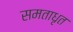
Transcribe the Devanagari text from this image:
समताधृत